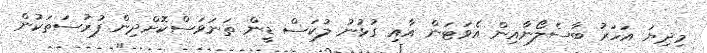
މިދިޔަ އަހަރު ބާސެލޯނާއިން އެވަޓަން އާއި ގުޅުނު ލުކަސް ޑީން ތަނަވަސްކޮށްދިން ފުރުސަތަކުން